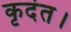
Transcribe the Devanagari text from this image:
कृदंत।